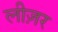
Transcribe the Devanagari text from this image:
लीज़र